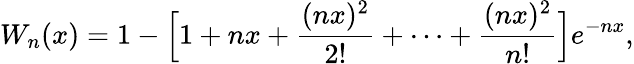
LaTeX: W_{n}(x)=1-\Big[1+nx+\frac{(nx)^{2}}{2!}+\cdots+\frac{(nx)^{2}}{n!}\Big]e^{-nx},